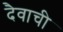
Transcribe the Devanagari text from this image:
दैवाची